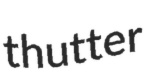
thutter